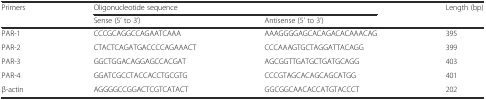
<table><thead><tr><td><b>Primers</b></td><td colspan="2"><b>Oligonucleotide sequence</b></td><td><b>Length (bp)</b></td></tr><tr><td></td><td><b>Sense (5’ to 3’)</b></td><td><b>Antisense (5’ to 3’)</b></td><td></td></tr></thead><tbody><tr><td>PAR-1</td><td>CCCGCAGGCCAGAATCAAA</td><td>AAAGGGGAGCACAGACACAAACAG</td><td>395</td></tr><tr><td>PAR-2</td><td>CTACTCAGATGACCCCAGAAACT</td><td>CCCAAAGTGCTAGGATTACAGG</td><td>399</td></tr><tr><td>PAR-3</td><td>GGCTGGACAGGAGCCACGAT</td><td>AGCGGTTGATGCTGATGCAGG</td><td>403</td></tr><tr><td>PAR-4</td><td>GGATCGCCTACCACCTGCGTG</td><td>CCCGTAGCACAGCAGCATGG</td><td>401</td></tr><tr><td>β-actin</td><td>AGGGGCCGGACTCGTCATACT</td><td>GGCGGCAACACCATGTACCCT</td><td>202</td></tr></tbody></table>